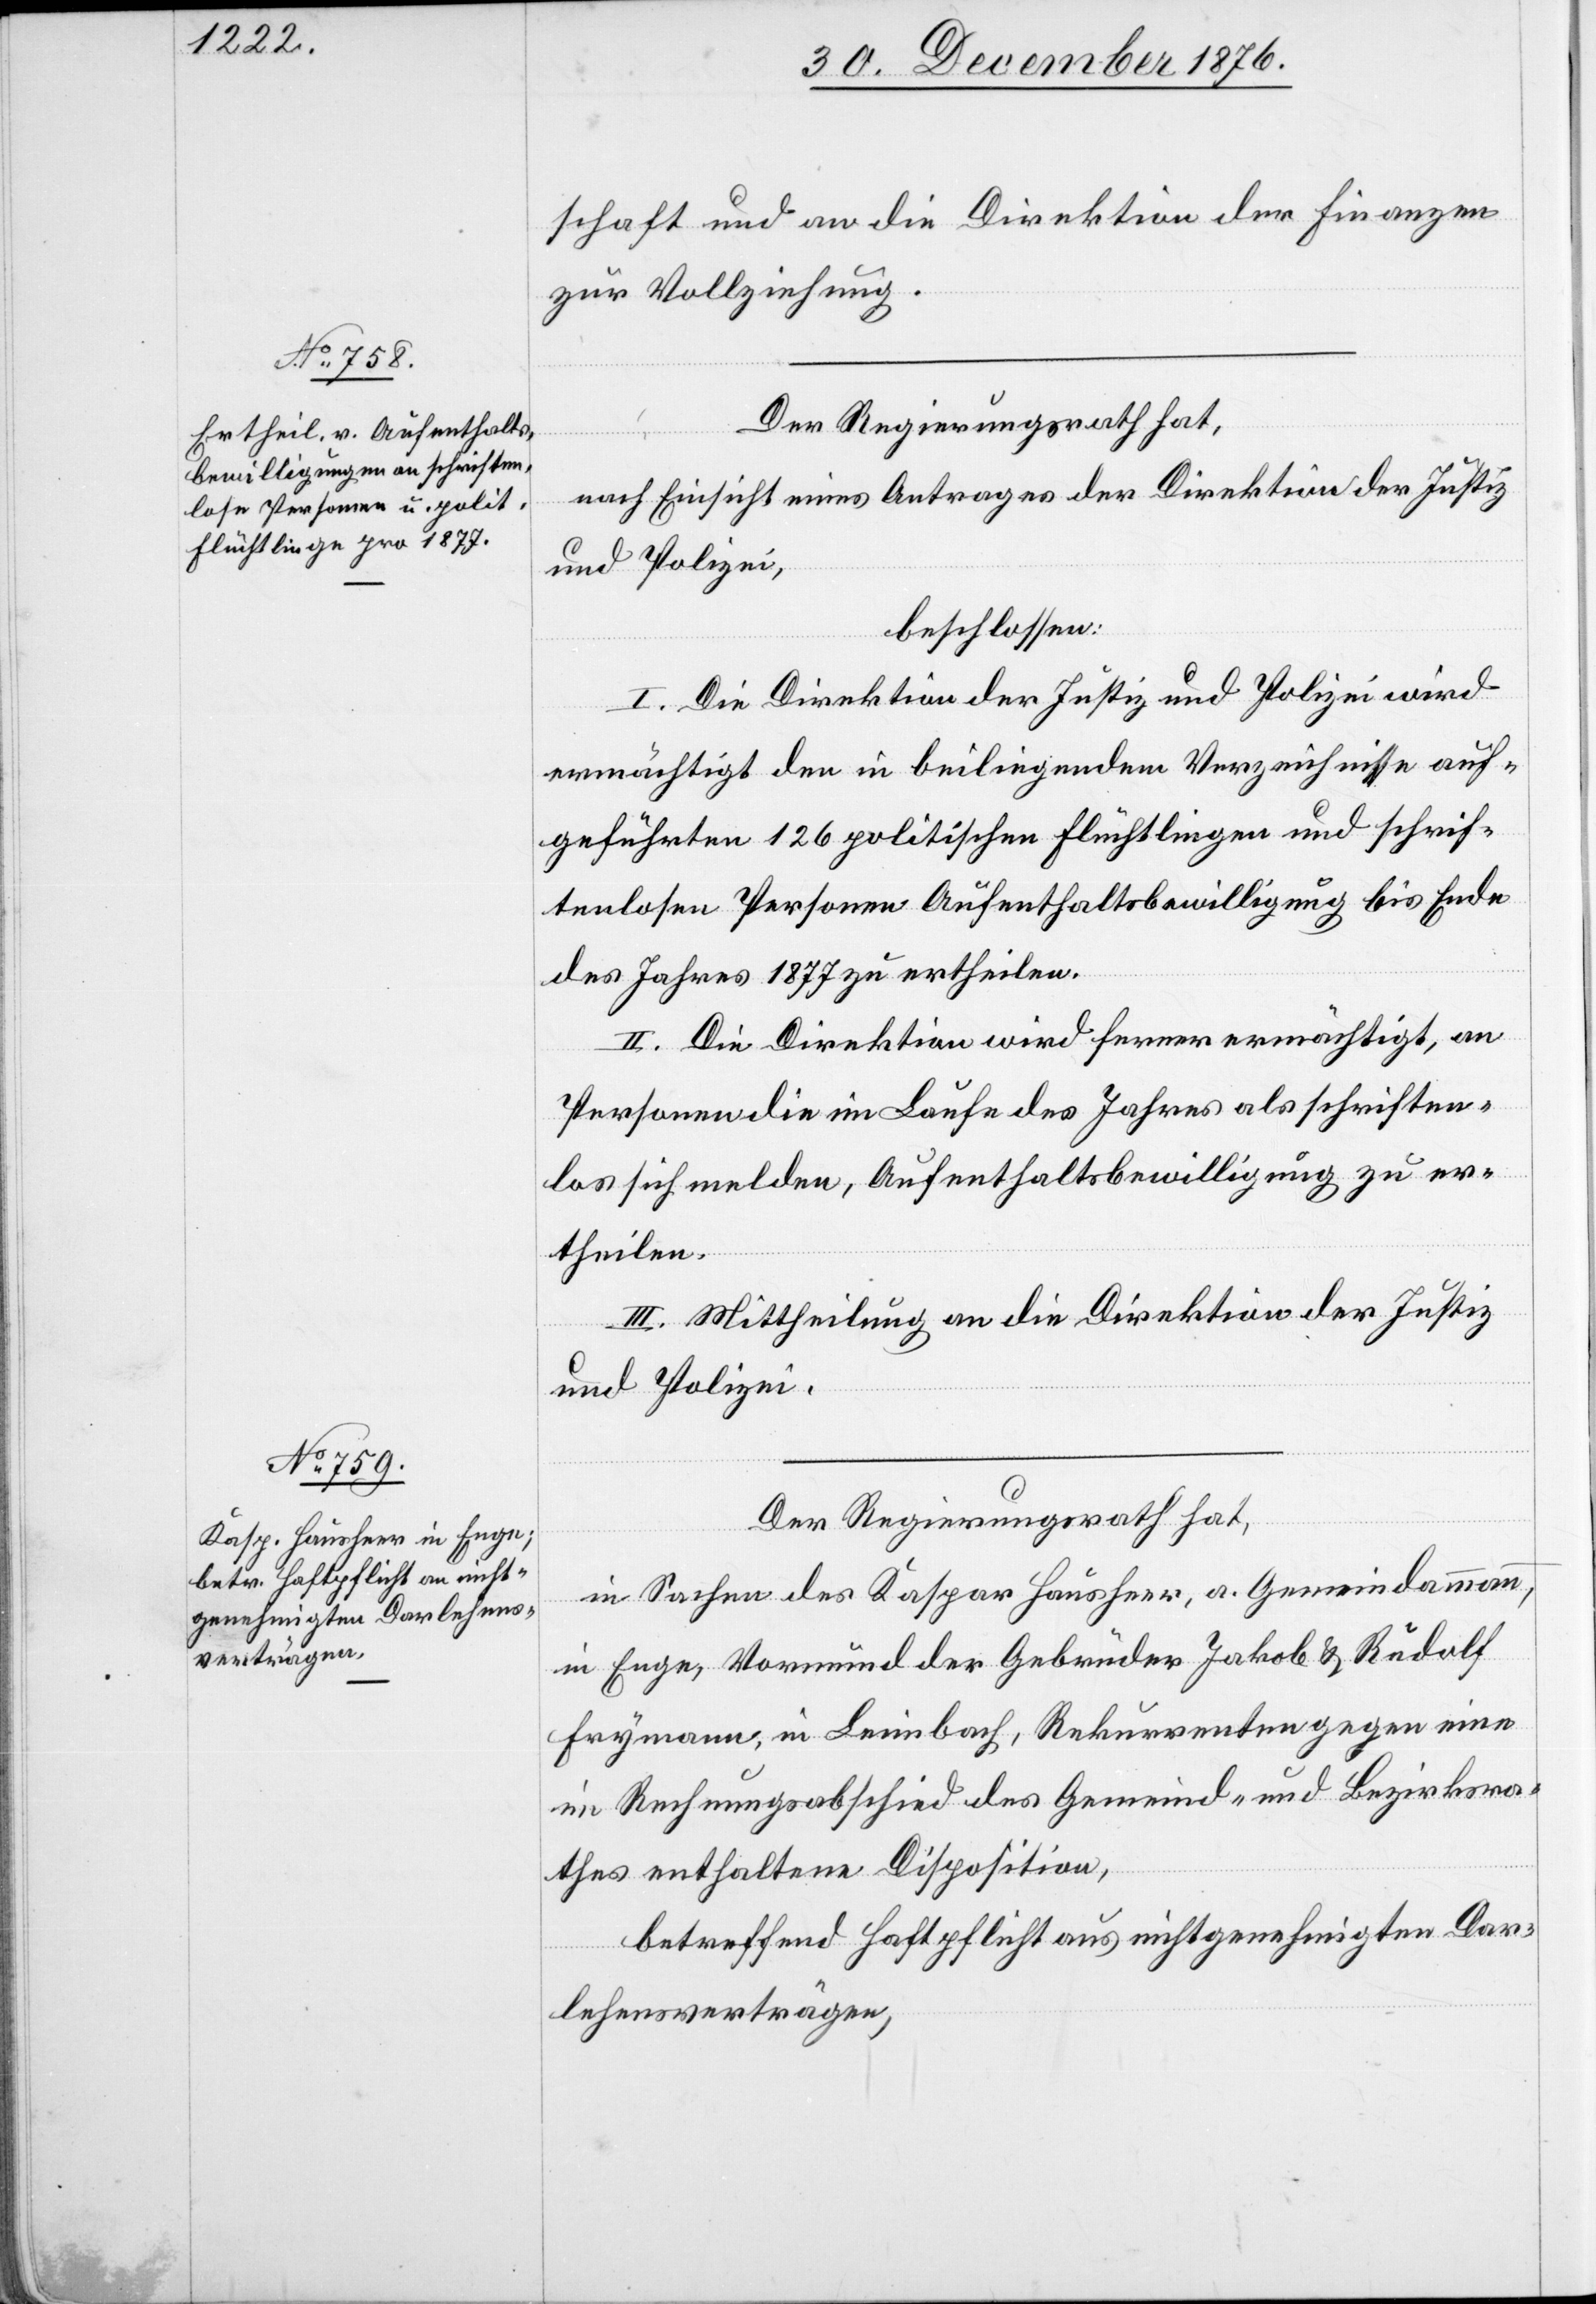
schaft und an die Direktion der Finanzen
zur Vollziehung.
Der Regierungsrath hat,
nach Einsicht eines Antrages der Direktion der Justiz
und Polizei,
beschlossen:
I. Die Direktion der Justiz und Polizei wird
ermächtigt den in beiliegendem Verzeichnisse auf¬
geführten 126 politischen Flüchtlingen und schrif¬
tenlosen Personen Aufenthaltsbewilligung bis Ende
des Jahres 1877 zu ertheilen.
II. Die Direktion wird ferner ermächtigt, an
Personen die im Laufe des Jahres als schriften¬
los sich melden, Aufenthaltsbewilligung zu er¬
theilen.
III. Mittheilung an die Direktion der Justiz
und Polizei.
Der Regierungsrath hat,
in Sachen des Kaspar Hausheer, a. Gemeindammann,
in Enge, Vormund der Gebrüder Jakob & Rudolf
Frymann, in Leimbach, Rekurrenten gegen eine
in Rechnungsabschied des Gemeind- und Bezirksra¬
thes enthaltene Disposition,
betreffend Haftpflicht aus nichtgenehmigten Dar¬
lehensverträgen,